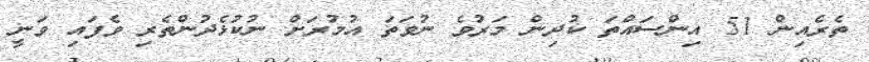
ތެރެއިން 51 އިންސައްތަ ކުދިން މަރުވެ ނުވަތަ އުމުރަށް ނުކުޅެދުންތެރި ވެފައި ވަނީ